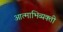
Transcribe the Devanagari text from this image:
आत्माभिव्यक्ती